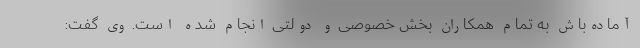
آماده‌باش به تمام همکاران بخش خصوصی و دولتی انجام شده است. وی گفت: